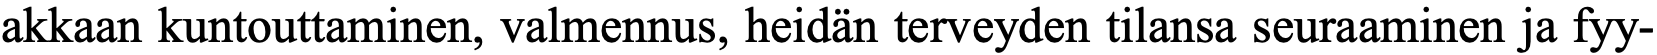
akkaan kuntouttaminen, valmennus, heidän terveyden tilansa seuraaminen ja fyy-